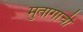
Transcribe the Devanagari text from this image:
मुतागाची